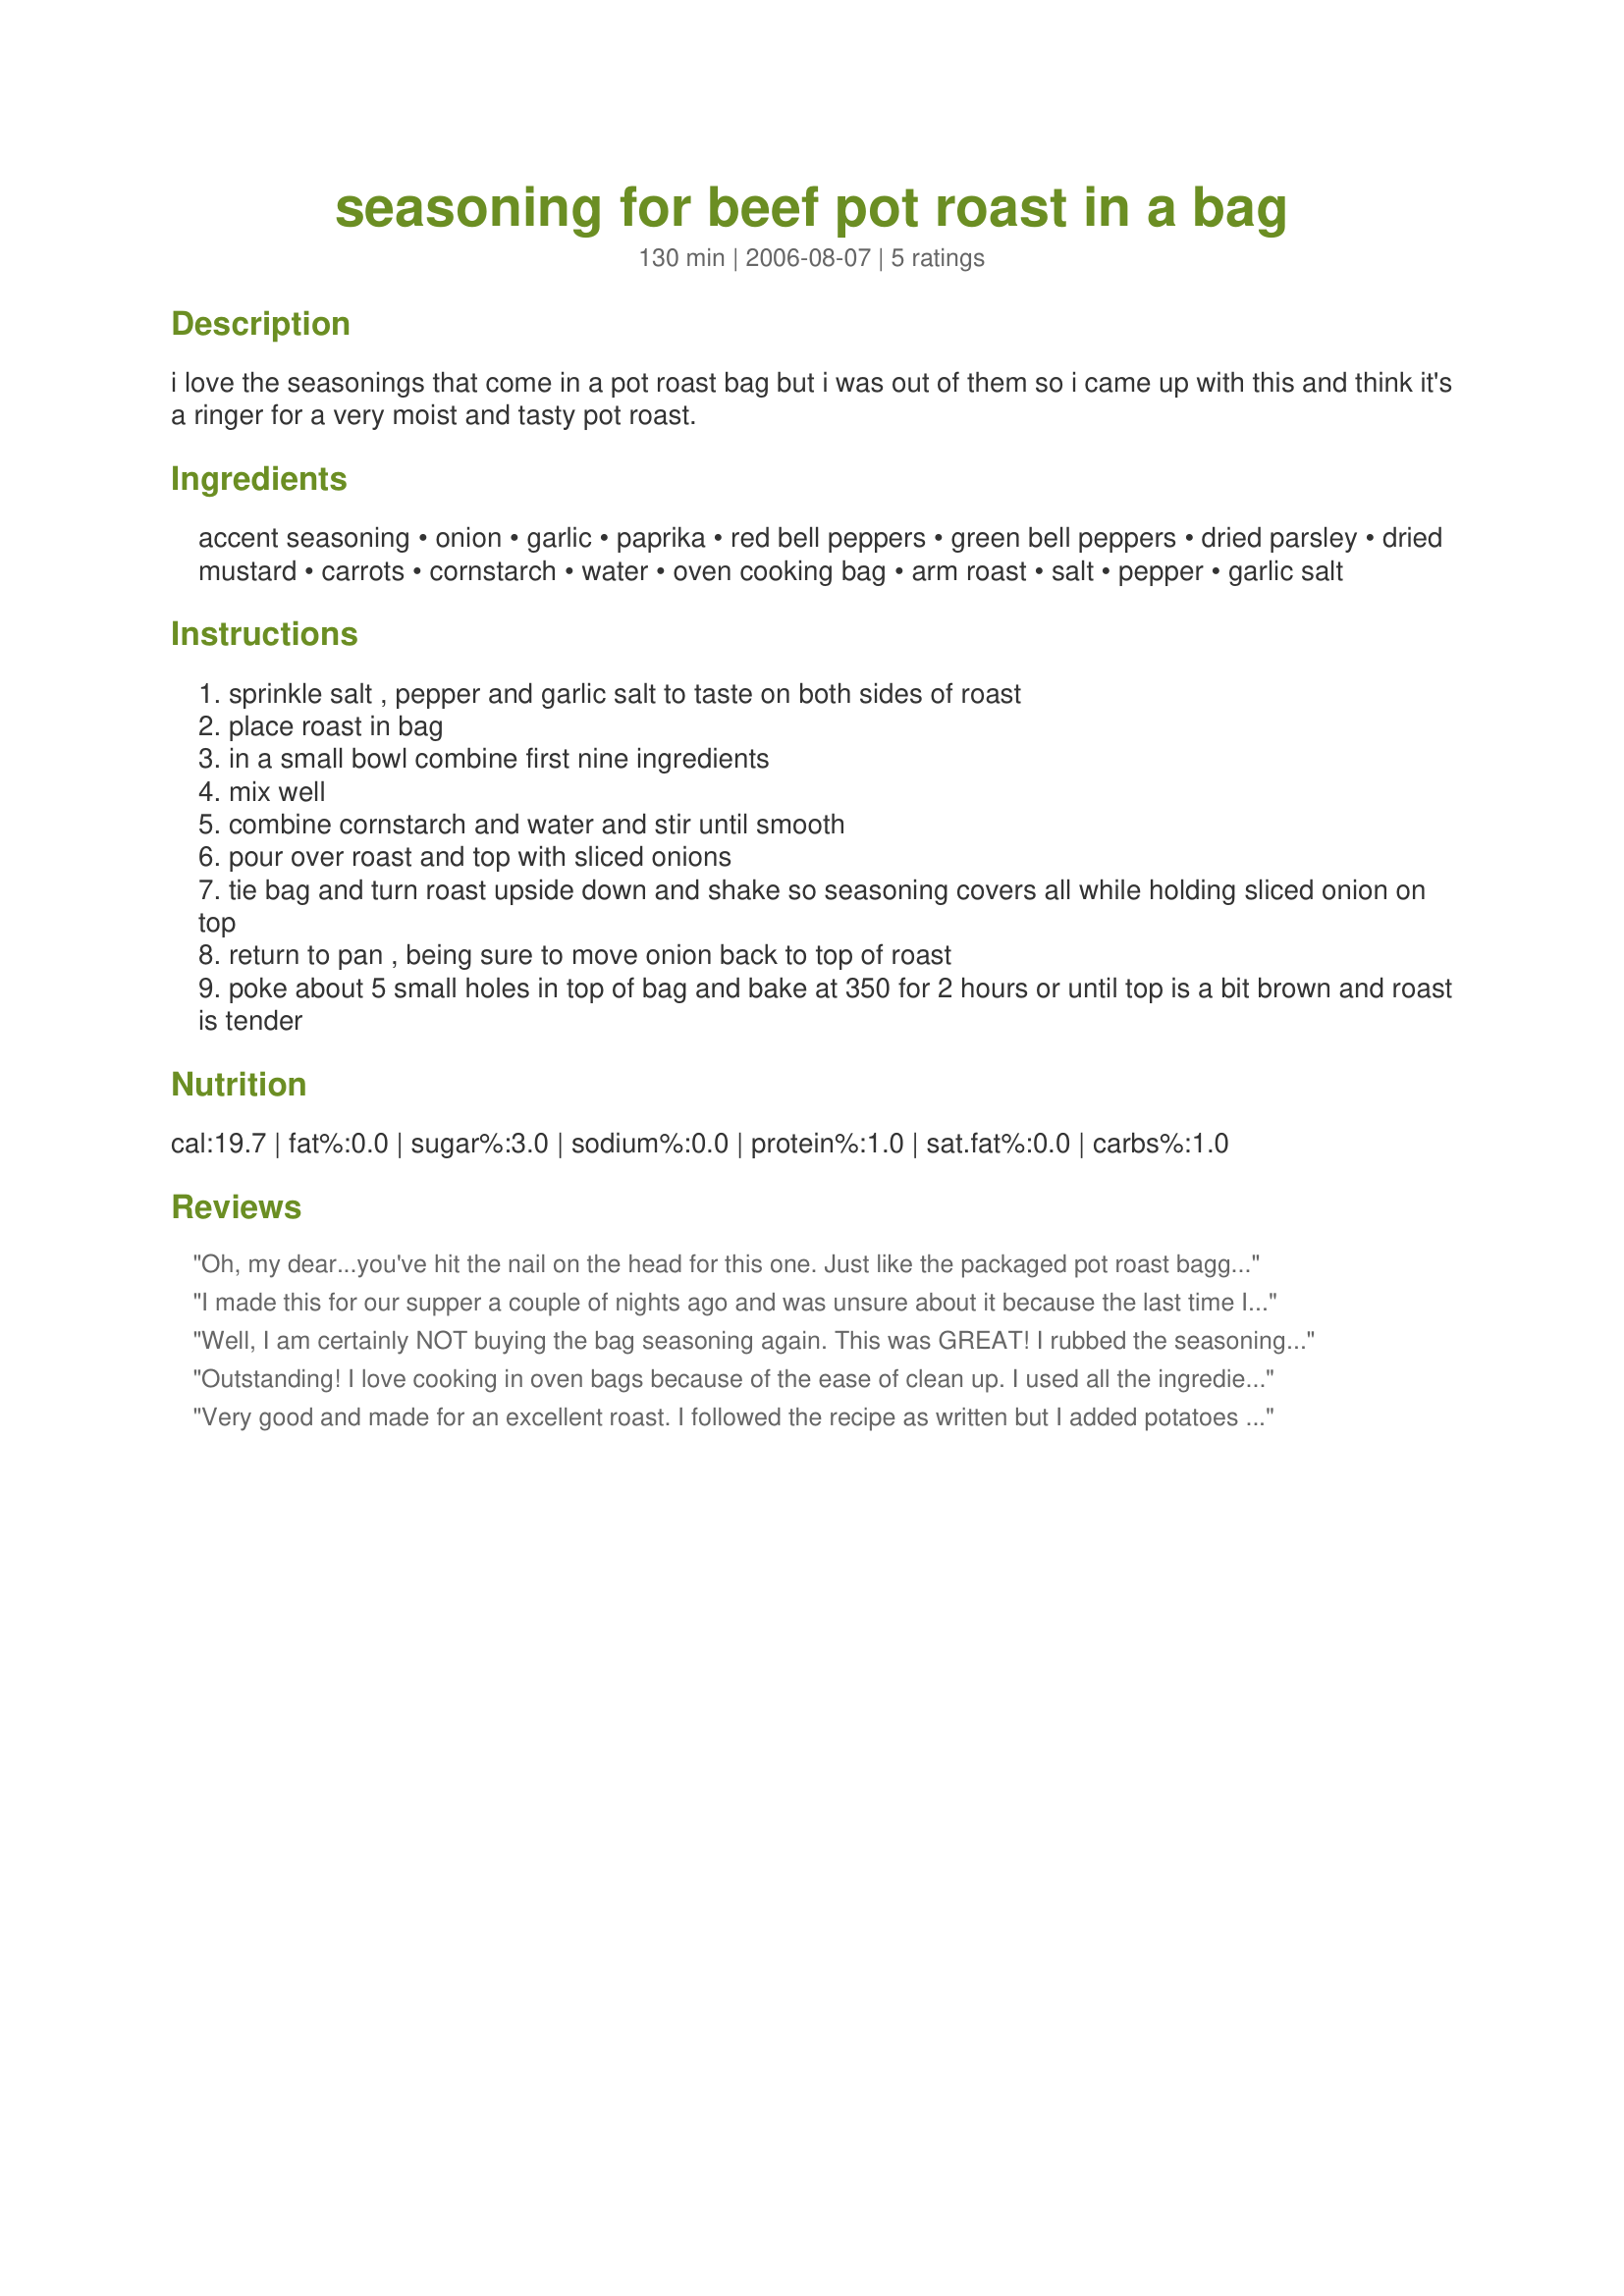
seasoning for beef pot roast in a bag
Preparation time: 130 minutes

i love the seasonings that come in a pot roast bag but i was out of them so i came up with this and think it's a ringer for a very moist and tasty pot roast.

Ingredients:
accent seasoning, onion, garlic, paprika, red bell peppers, green bell peppers, dried parsley, dried mustard, carrots, cornstarch, water, oven cooking bag, arm roast, salt, pepper, garlic salt

Steps:
sprinkle salt , pepper and garlic salt to taste on both sides of roast
place roast in bag
in a small bowl combine first nine ingredients
mix well
combine cornstarch and water and stir until smooth
pour over roast and top with sliced onions
tie bag and turn roast upside down and shake so seasoning covers all while holding sliced onion on top
return to pan , being sure to move onion back to top of roast
poke about 5 small holes in top of bag and bake at 350 for 2 hours or until top is a bit brown and roast is tender

Reviews:
Oh, my dear...you've hit the nail on the head for this one.
Just like the packaged pot roast baggie mix... YUM!
Made for French Forum's Herb of the Month-Paprika.
I made this for our supper a couple of nights ago and was unsure about it because the last time I tried a online recipe, it was a failure. This one was different than all of the others...Sooo good! I added potatoes and carrots after the meat turned a bit brown and 1 tablespoon corn starch mixed in about 3/4 cup water to make a gravy. I didn&#039;t add red bell because I didn&#039;t have any, but all the same the chuck roast recipe in an oven bag was better than I have ever cooked before! We have always had rice to put our gravy and vegetables on, but not this time because we wanted as much of this gravy as possible on our potatoes and carrots. Another thing is that the meal was just like a picture! Thanks for this delicious recipe, you have turned me into a believer about online recipes!
Well, I am certainly NOT buying the bag seasoning again. This was GREAT! I rubbed the seasoning mixture all over the roast and put it in the bag with small PEELED russet potatoes. The roast has the best flavor of any I have ever made. The potatoes were also good, I only needed to put a little salt on them (usually cover them in butter and sour cream). By peeling them, they absorbed more flavor and I didnt' have to painstakingly peel the skin off of really hot potatoes, for my younger children. Double bonus! Great recipe, thanks for posting!!!!
Outstanding! I love cooking in oven bags because of the ease of clean up. I used all the ingredients listed but combining them I made a few changes. I added all the spices, grated onion, red pepper, and green pepper. I place the roast into the oven bag and then rub the spice mixture on top and sides of roast. I then placed bite size potaotes, carrots, celery and onion rings on side of roast. Next, I combined the cornstarch and water and poured mixture over vegetables only. To cook roast, I placed roast onto a cookie sheet and placed in the oven for the 350 degrees and 2 hours. This was a great way to cook the roast. Tender, juicy and easy clean up.
Very good and made for an excellent roast. I followed the recipe as written but I added potatoes to the bag before cooking. The whole meal was wonderful. Made for Spring PAC 2009.
